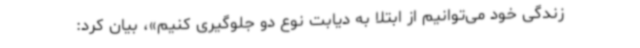
زندگی خود می‌توانیم از ابتلا به دیابت نوع دو جلوگیری کنیم»، بیان کرد: